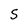
Character: S